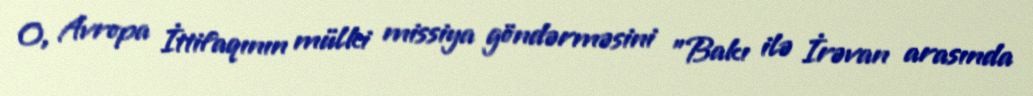
O, Avropa İttifaqının mülki missiya göndərməsini "Bakı ilə İrəvan arasında